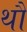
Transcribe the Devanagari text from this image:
थौ